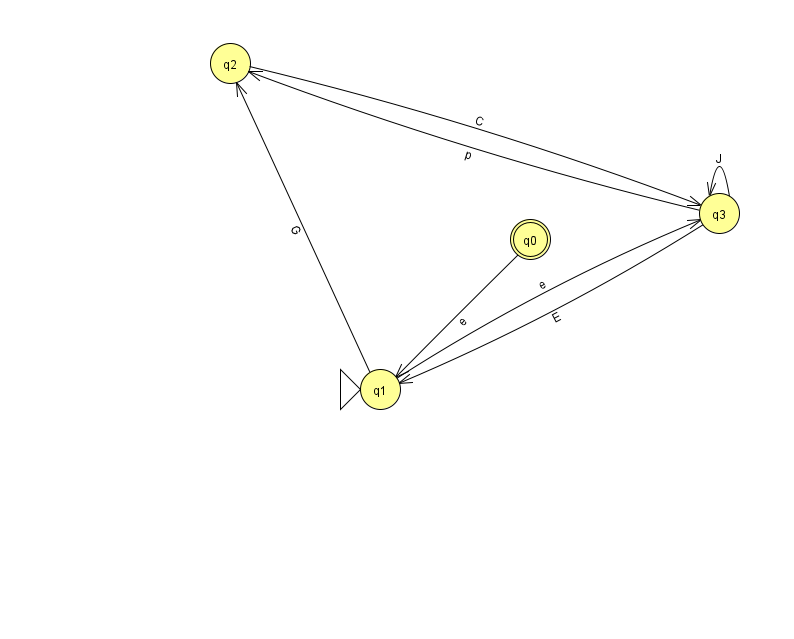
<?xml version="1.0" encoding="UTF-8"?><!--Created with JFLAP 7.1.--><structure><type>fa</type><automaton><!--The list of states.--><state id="0" name="q0"><x>530.0</x><y>226.0</y><final/></state><state id="1" name="q1"><x>380.0</x><y>376.0</y><initial/></state><state id="2" name="q2"><x>230.0</x><y>50.0</y></state><state id="3" name="q3"><x>719.0</x><y>200.0</y></state><!--The list of transitions.--><transition><from>1</from><to>3</to><read>e</read></transition><transition><from>3</from><to>1</to><read>E</read></transition><transition><from>0</from><to>1</to><read>e</read></transition><transition><from>3</from><to>3</to><read>J</read></transition><transition><from>1</from><to>2</to><read>G</read></transition><transition><from>3</from><to>2</to><read>p</read></transition><transition><from>2</from><to>3</to><read>C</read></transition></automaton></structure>